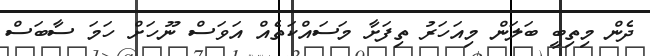
ދެން މިތިބީ ބަލަން މިއަހަރު ތިފަށާ މަސައްކަތެއް އަވަސް ނޫހަށް ހަމަ ސާބަސް